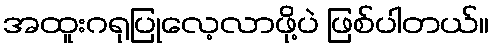
အထူးဂရုပြုလေ့လာဖို့ပဲ ဖြစ်ပါတယ်။